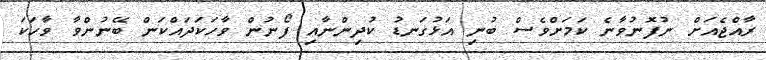
ރާއްޖެއަށް ނުފޮނުވާނެ ކަމަށްވެސް ބުނި އަޅުގަނޑު ކުދިންނާއި ފޯނުން ވާހަކަދައްކަން ބޭނުންވާ ވާހަކަ